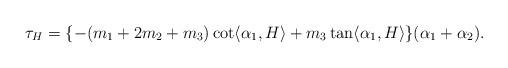
LaTeX: \begin{align*}\tau_{H}=\{ -(m_{1}+2m_{2} +m_{3})\cot \langle \alpha_{1}, H \rangle + m_{3} \tan \langle \alpha_{1}, H \rangle \}(\alpha_{1}+\alpha_{2}).\end{align*}